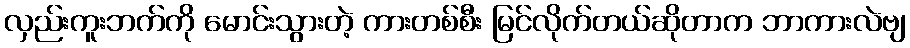
လှည်းကူးဘက်ကို မောင်းသွားတဲ့ ကားတစ်စီး မြင်လိုက်တယ်ဆိုတာက ဘာကားလဲဗျ